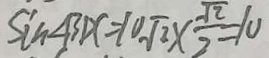
\sin \angle B D C = 1 0 \sqrt { 2 } \times \frac { \sqrt { 2 } } { 2 } = 1 0